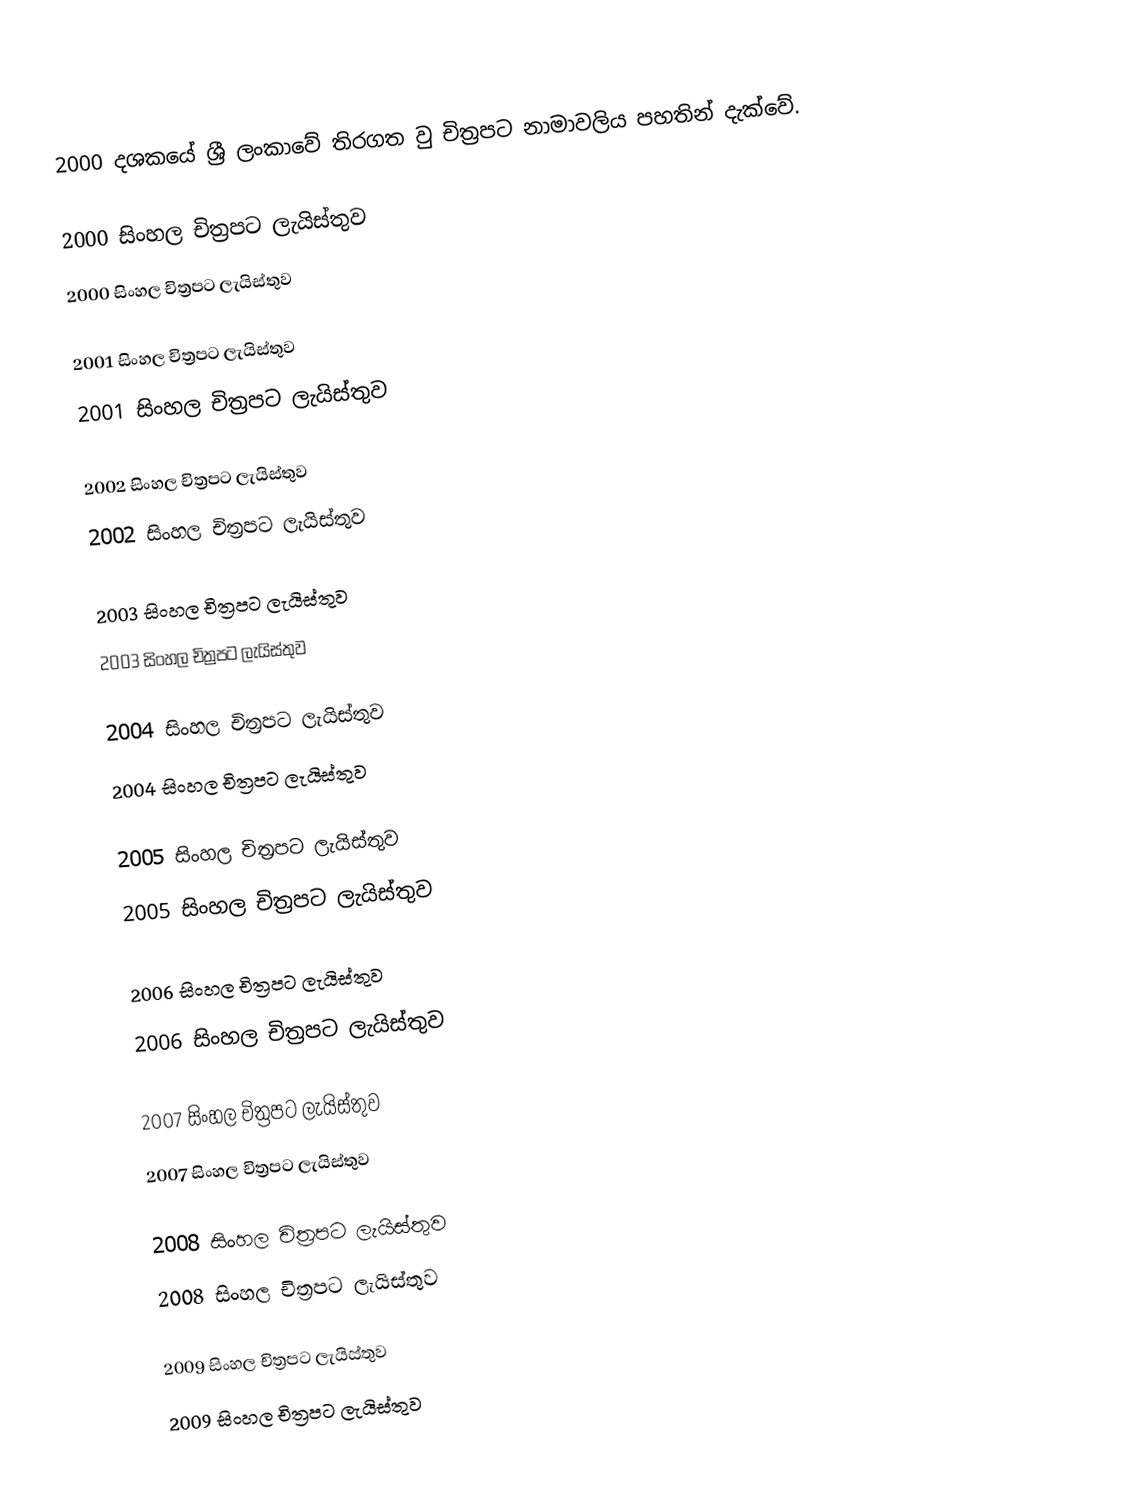
2000 දශකයේ ශ්‍රී ලංකාවේ තිරගත වු චිත්‍රපට නාමාවලිය පහතින් දැක්වේ.

2000 සිංහල චිත්‍රපට ලැයිස්තුව
2000 සිංහල චිත්‍රපට ලැයිස්තුව

2001 සිංහල චිත්‍රපට ලැයිස්තුව
2001 සිංහල චිත්‍රපට ලැයිස්තුව

2002 සිංහල චිත්‍රපට ලැයිස්තුව
2002 සිංහල චිත්‍රපට ලැයිස්තුව

2003 සිංහල චිත්‍රපට ලැයිස්තුව
2003 සිංහල චිත්‍රපට ලැයිස්තුව

2004 සිංහල චිත්‍රපට ලැයිස්තුව
2004 සිංහල චිත්‍රපට ලැයිස්තුව

2005 සිංහල චිත්‍රපට ලැයිස්තුව
2005 සිංහල චිත්‍රපට ලැයිස්තුව

2006 සිංහල චිත්‍රපට ලැයිස්තුව
2006 සිංහල චිත්‍රපට ලැයිස්තුව

2007 සිංහල චිත්‍රපට ලැයිස්තුව
2007 සිංහල චිත්‍රපට ලැයිස්තුව

2008 සිංහල චිත්‍රපට ලැයිස්තුව
2008 සිංහල චිත්‍රපට ලැයිස්තුව

2009 සිංහල චිත්‍රපට ලැයිස්තුව
2009 සිංහල චිත්‍රපට ලැයිස්තුව